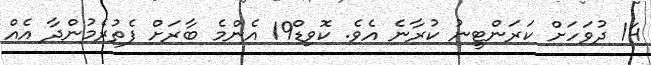
14 ދުވަހަށް ކަރަންޓީނު ކުރާނެ އެވެ. ކޮވިޑް19 އެންމެ ބާރަށް ފެތުރެމުންދާ އެއް